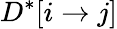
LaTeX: D^{*}[i\rightarrow j]